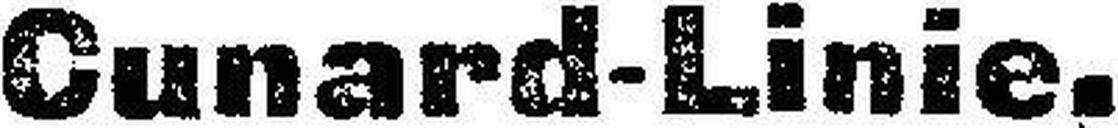
Cunard-Linie.